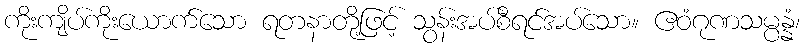
ကိုးကျိပ်ကိုးယောက်သော ရတနာတို့ဖြင့် သွန်းအပ်စီရင်အပ်သော။ ဧဝံဂုဏသမ္ပန္နံ၊